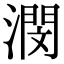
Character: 潣